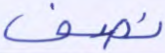
نصف